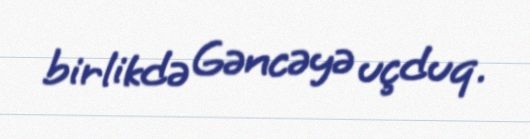
birlikdə Gəncəyə uçduq.